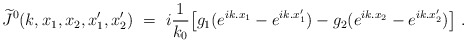
\begin{align*}\widetilde J^0(k,x_1,x_2,x_1',x_2')\ =\ i\frac{1}{k_0}\big[g_1( e^{ik.x_1}-e^{ik.x_1'}) - g_2(e^{ik.x_2}- e^{ik.x_2'})\big]\ .\end{align*}